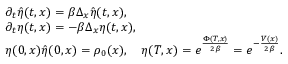
\begin{array} { r l } & { \partial _ { t } \hat { \eta } ( t , x ) = \beta \Delta _ { x } \hat { \eta } ( t , x ) , } \\ & { \partial _ { t } \eta ( t , x ) = - \beta \Delta _ { x } \eta ( t , x ) , } \\ & { \eta ( 0 , x ) \hat { \eta } ( 0 , x ) = \rho _ { 0 } ( x ) , \quad \eta ( T , x ) = e ^ { \frac { \Phi ( T , x ) } { 2 \beta } } = e ^ { - \frac { V ( x ) } { 2 \beta } } . } \end{array}